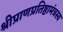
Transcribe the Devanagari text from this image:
श्रीप्राणप्रतिष्ठामंत्रस्य